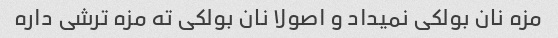
مزه نان بولکی نمیداد و اصولا نان بولکی ته مزه ترشی داره